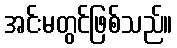
အင်းမတွင်ဖြစ်သည်။